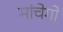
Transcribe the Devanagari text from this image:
मांचेगो